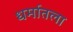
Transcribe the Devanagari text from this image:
धर्मातला